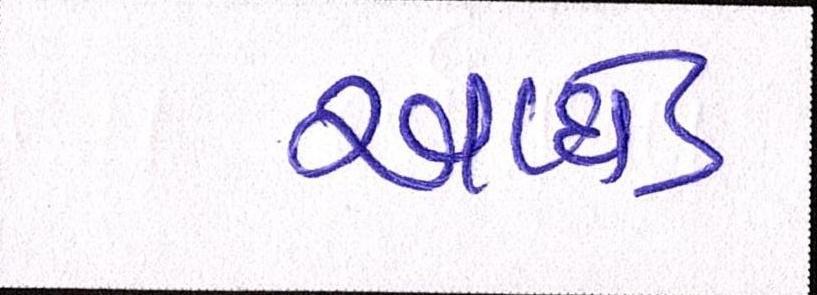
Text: આધેડ